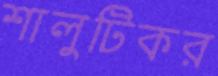
শালুটিকর